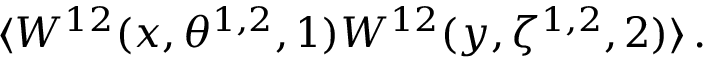
\langle W ^ { 1 2 } ( x , \theta ^ { 1 , 2 } , 1 ) W ^ { 1 2 } ( y , \zeta ^ { 1 , 2 } , 2 ) \rangle \, .